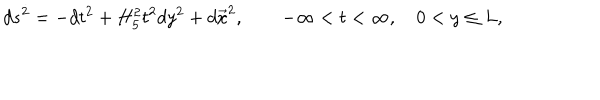
d s ^ { 2 } = - d t ^ { 2 } + H _ { 5 } ^ { 2 } t ^ { 2 } d y ^ { 2 } + d \vec { x } ^ { 2 } , \qquad - \infty < t < \infty , \quad 0 < y \leq L ,